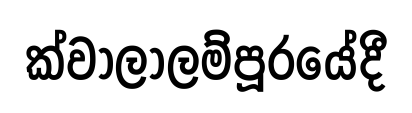
ක්වාලාලම්පූරයේදී